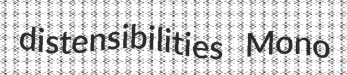
distensibilities Mono